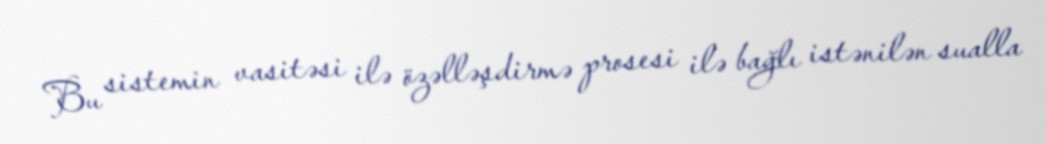
Bu sistemin vasitəsi ilə özəlləşdirmə prosesi ilə bağlı istənilən sualla